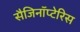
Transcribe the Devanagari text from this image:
सैजिनॉप्टेरिस